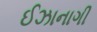
ઈઝાનાગી